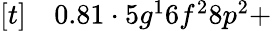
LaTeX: \begin{array}{rl}{[t]}&{{}0.81\cdot 5g^{1}6f^{2}8p^{2}+}\end{array}